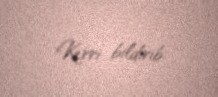
Kerri bildirib.